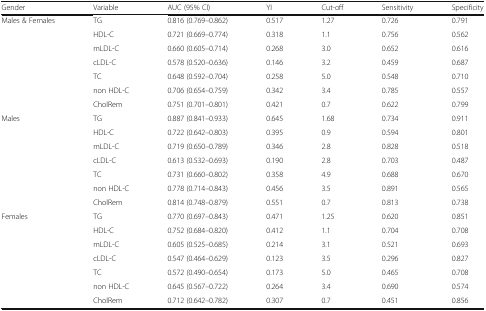
<table><thead><tr><td><b>Gender</b></td><td><b>Variable</b></td><td><b>AUC (95% CI)</b></td><td><b>YI</b></td><td><b>Cut-off</b></td><td><b>Sensitivity</b></td><td><b>Specificity</b></td></tr></thead><tbody><tr><td rowspan="7">Males &amp; Females</td><td>TG</td><td>0.816 (0.769–0.862)</td><td>0.517</td><td>1.27</td><td>0.726</td><td>0.791</td></tr><tr><td>HDL-C</td><td>0.721 (0.669–0.774)</td><td>0.318</td><td>1.1</td><td>0.756</td><td>0.562</td></tr><tr><td>mLDL-C</td><td>0.660 (0.605–0.714)</td><td>0.268</td><td>3.0</td><td>0.652</td><td>0.616</td></tr><tr><td>cLDL-C</td><td>0.578 (0.520–0.636)</td><td>0.146</td><td>3.2</td><td>0.459</td><td>0.687</td></tr><tr><td>TC</td><td>0.648 (0.592–0.704)</td><td>0.258</td><td>5.0</td><td>0.548</td><td>0.710</td></tr><tr><td>non HDL-C</td><td>0.706 (0.654–0.759)</td><td>0.342</td><td>3.4</td><td>0.785</td><td>0.557</td></tr><tr><td>CholRem</td><td>0.751 (0.701–0.801)</td><td>0.421</td><td>0.7</td><td>0.622</td><td>0.799</td></tr><tr><td rowspan="7">Males</td><td>TG</td><td>0.887 (0.841–0.933)</td><td>0.645</td><td>1.68</td><td>0.734</td><td>0.911</td></tr><tr><td>HDL-C</td><td>0.722 (0.642–0.803)</td><td>0.395</td><td>0.9</td><td>0.594</td><td>0.801</td></tr><tr><td>mLDL-C</td><td>0.719 (0.650–0.789)</td><td>0.346</td><td>2.8</td><td>0.828</td><td>0.518</td></tr><tr><td>cLDL-C</td><td>0.613 (0.532–0.693)</td><td>0.190</td><td>2.8</td><td>0.703</td><td>0.487</td></tr><tr><td>TC</td><td>0.731 (0.660–0.802)</td><td>0.358</td><td>4.9</td><td>0.688</td><td>0.670</td></tr><tr><td>non HDL-C</td><td>0.778 (0.714–0.843)</td><td>0.456</td><td>3.5</td><td>0.891</td><td>0.565</td></tr><tr><td>CholRem</td><td>0.814 (0.748–0.879)</td><td>0.551</td><td>0.7</td><td>0.813</td><td>0.738</td></tr><tr><td rowspan="7">Females</td><td>TG</td><td>0.770 (0.697–0.843)</td><td>0.471</td><td>1.25</td><td>0.620</td><td>0.851</td></tr><tr><td>HDL-C</td><td>0.752 (0.684–0.820)</td><td>0.412</td><td>1.1</td><td>0.704</td><td>0.708</td></tr><tr><td>mLDL-C</td><td>0.605 (0.525–0.685)</td><td>0.214</td><td>3.1</td><td>0.521</td><td>0.693</td></tr><tr><td>cLDL-C</td><td>0.547 (0.464–0.629)</td><td>0.123</td><td>3.5</td><td>0.296</td><td>0.827</td></tr><tr><td>TC</td><td>0.572 (0.490–0.654)</td><td>0.173</td><td>5.0</td><td>0.465</td><td>0.708</td></tr><tr><td>non HDL-C</td><td>0.645 (0.567–0.722)</td><td>0.264</td><td>3.4</td><td>0.690</td><td>0.574</td></tr><tr><td>CholRem</td><td>0.712 (0.642–0.782)</td><td>0.307</td><td>0.7</td><td>0.451</td><td>0.856</td></tr></tbody></table>